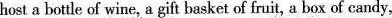
host a bottle of wine, a gift basket of fruit, a box of candy,